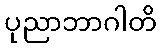
ပုညာဘာဂါတိ